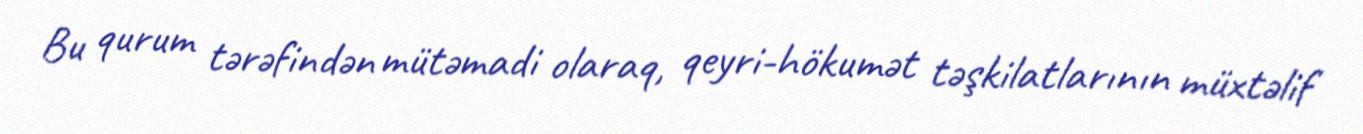
Bu qurum tərəfindən mütəmadi olaraq, qeyri-hökumət təşkilatlarının müxtəlif